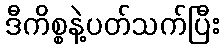
ဒီကိစ္စနဲ့ပတ်သက်ပြီး